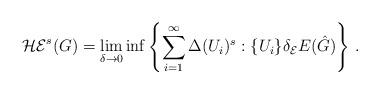
LaTeX: \begin{align*}\mathcal{HE}^s(G)=\lim_{\delta \to 0}\inf \left\{ \sum_{i=1}^{\infty} \Delta(U_i)^s:\{U_i\} \delta_\mathcal{E} E(\hat{G}) \right\}\,.\end{align*}